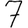
Digit: 7